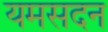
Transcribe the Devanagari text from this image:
यमसदन